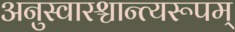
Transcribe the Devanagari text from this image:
अनुस्वारश्चान्त्यरूपम्